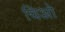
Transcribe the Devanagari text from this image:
चिओ